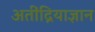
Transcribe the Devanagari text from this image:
अतींद्रियाज्ञान